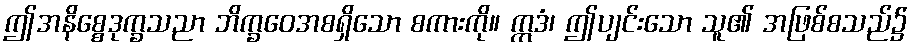
ဤအနိစ္စေဒုက္ခသညာ ဘိက္ခဝေအစရှိသော စကားကို။ ဣဒံ၊ ဤပျင်းသော သူ၏ အဖြစ်စသည်၌